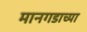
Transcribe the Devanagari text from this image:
मानगडाच्या